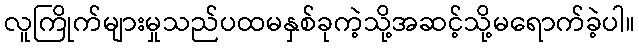
လူကြိုက်များမှုသည်ပထမနှစ်ခုကဲ့သို့အဆင့်သို့မရောက်ခဲ့ပါ။